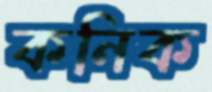
কনিক